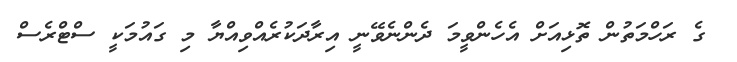
ގެ ރަހްމަތުން ތޮޅިއަށް އެހެންވީމަ ދެންނެވޭނީ އިރާދަކުރެއްވިއްޔާ މި ގައުމަކީ ސްޓްރެސް